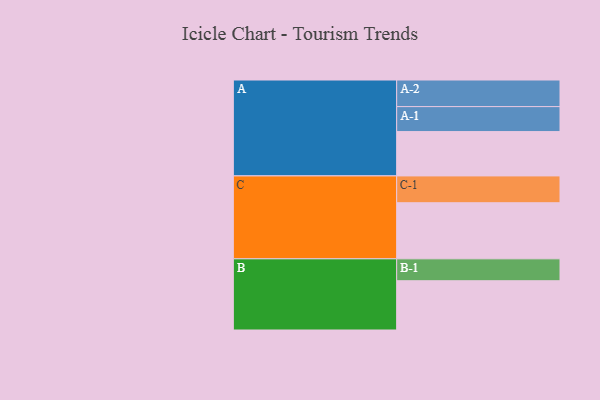
{"axis": {"x": "Segment", "y": "Value"}, "legend": ["", "A", "B", "C"], "data": [{"x": "A", "y": 423, "type": ""}, {"x": "B", "y": 470, "type": ""}, {"x": "C", "y": 535, "type": ""}, {"x": "A-1", "y": 238, "type": "A"}, {"x": "A-2", "y": 254, "type": "A"}, {"x": "B-1", "y": 209, "type": "B"}, {"x": "C-1", "y": 256, "type": "C"}]}